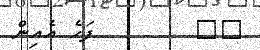
٣١        ފަހެ އެއިން